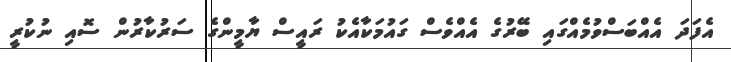
އެފަދަ އެއްބަސްވުމެއްގައި ބޭރުގެ އެއްވެސް ގައުމަކާއެކު ރައީސް ޔާމީންގެ ސަރުކާރުން ސޮއި ނުކުރީ